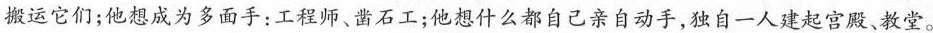
搬运它们；他想成为多面手：工程师、凿石工；他想什么都自己亲自动手，独自一人建起宫殿、教堂。